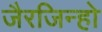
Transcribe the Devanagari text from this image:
जैरजिन्हो